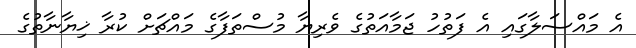
އެ މައްސަލާގައި އެ ފަތުހު ޖަމާއަތުގެ ވެރިޔާ މުސްތަފާގެ މައްޗަށް ކުރާ ޚިޔާނާތުގެ